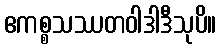
ဧကစ္စသဿတဝါဒါဒီသုပိ။